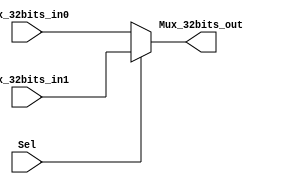
`timescale 1ns / 1ps

module Mux_32Bits(Mux_32bits_out, Mux_32bits_in0, Mux_32bits_in1, Sel) ; 

	output [31:0]Mux_32bits_out ;
	reg [31:0]Mux_32bits_out ;
	input [31:0]Mux_32bits_in0, Mux_32bits_in1 ;
	input Sel;

	always @(*)begin
		if(Sel==1'b0)
			Mux_32bits_out=Mux_32bits_in0;
		else
			Mux_32bits_out=Mux_32bits_in1;
	end
endmodule